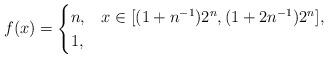
LaTeX: \begin{align*} f(x) =\begin{cases}n, & x \in [ (1 + n^{-1}) 2^n, (1 + 2n^{-1}) 2^n], \\1, & \end{cases}\end{align*}